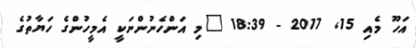
އަހޫ މެއި 15